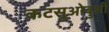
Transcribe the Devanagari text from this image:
कटसुओबुशी